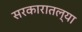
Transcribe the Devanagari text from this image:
सरकारातल्या